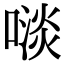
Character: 𠻪